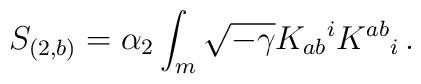
S_{(2,b)} = \alpha_2 \int_m \sqrt{-\gamma} K_{ab}{}^i K^{ab}{}_i\,.